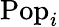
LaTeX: \mathrm{Pop}_{i}